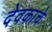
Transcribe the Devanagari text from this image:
देवकाचे